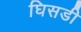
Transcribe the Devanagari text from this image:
घिसडी